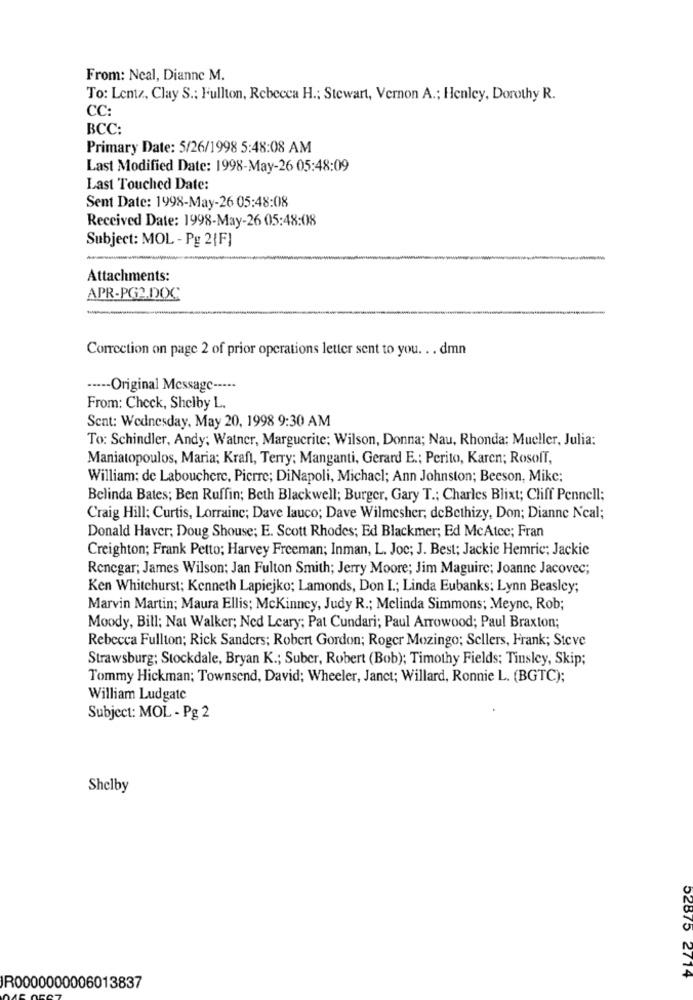
From: Neal, Dianne M.
To: Lentz, Clay S .: Fullton, Rebecca H .; Stewart, Vernon A .; Henley, Dorothy R.
CC:
BCC:
Primary Date: 5/26/1998 5:48:08 AM
Last Modified Date: 1998-May-26 05:48:09
Last Touched Date:
Sent Date: 1998-May-26 05:48:08
Received Date: 1998-May-26 05:48:08
Subject: MOL - Pg 2[F]
Attachments:
APR-PG2.DOC
Correction on page 2 of prior operations letter sent to you. . . dmn
----- Original Message --···
From: Check, Shelby L.
Sent: Wednesday, May 20, 1998 9:30 AM
To: Schindler, Andy; Watner, Marguerite: Wilson, Donna; Nau, Rhonda: Mueller, Julia:
Maniatopoulos, Maria; Kraft, Terry; Manganti, Gerard E .; Perito, Karen; Rosoff,
William; de Laboucherc, Pierre; DiNapoli, Michacl; Ann Johnston; Beeson, Mike;
Belinda Bates; Ben Ruffin; Beth Blackwell; Burger, Gary T .; Charles Blixt; Cliff Pennell;
Craig Hill: Curtis, Lorraine; Dave lauco; Dave Wilmesher; deBethizy, Don; Dianne Ncal;
Donald Haver; Doug Shouse; E. Scott Rhodes; Ed Blackmer; Ed McAtee; Fran
Creighton; Frank Petto; Harvey Freeman; Inman, L. Joc; J. Best; Jackie Hemric; Jackie
Renegar; James Wilson: Jan Fulton Smith; Jerry Moore; Jim Maguire; Joanne Jacovec;
Ken Whitehurst; Kenneth Lapiejko; Lamonds, Don I .; Linda Eubanks: Lynn Beasley;
Marvin Martin; Maura Ellis; Mckinney, Judy R .; Melinda Simmons; . Meync, Rob;
Moody, Bill: Nat Walker; Ned Leary; Pat Cundari; Paul Arrowood; Paul Braxton;
Rebecca Fullton; Rick Sanders; Robert Gordon; Roger Mozingo; Sellers, Frank; Steve
Strawsburg; Stockdale, Bryan K .; Suber, Robert (Bob); Timothy Fields; Tinsley, Skip;
Tommy Hickman; Townsend, David; Wheeler, Janet; Willard, Ronnie L. (BGTC);
William Ludgate
Subject: MOL - Pg 2
Shelby
52875 2714
R0000000006013837